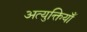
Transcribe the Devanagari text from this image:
अत्युक्तियाँ